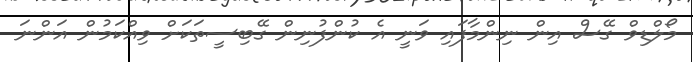
މޯލްޑިވް ގޭސް އިން ނިންމާފައި ވަނީ އެ ކުުންފުނިން ގޭބިސީތަކަށް ވިއްކަމުން އަންނަ